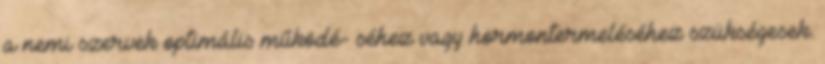
a nemi szervek optimális működé- séhez vagy hormontermeléséhez szükségesek.